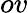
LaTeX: ov